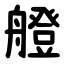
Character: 艠